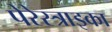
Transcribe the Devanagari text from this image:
पेरेस्त्राइका